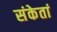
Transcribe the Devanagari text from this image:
संकेतां